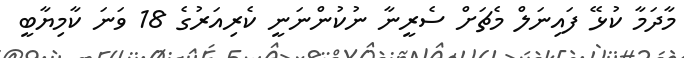
މާދަމާ ކުޅޭ ފައިނަލް މެޗަށް ސެރީނާ ނުކުންނަނީ ކެރިއަރުގެ 18 ވަނަ ކާމިޔާބީ